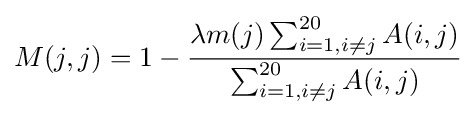
M(j,j)=1-{\frac {\lambda m(j)\sum _{i=1,i\neq j}^{20}A(i,j)}{\sum _{i=1,i\neq j}^{20}A(i,j)}}